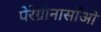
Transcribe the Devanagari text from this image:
पेरेग्रीनासाँओ